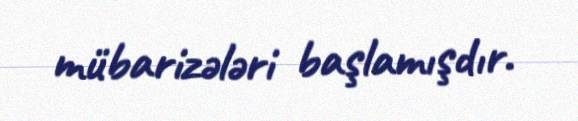
mübarizələri başlamışdır.